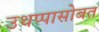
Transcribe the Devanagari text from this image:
उथप्पासोबत